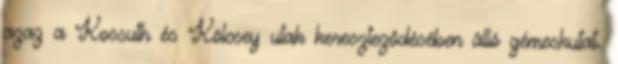
azaz a Kossuth és Kölcsey utak kereszteződésében álló gémeskutat.